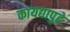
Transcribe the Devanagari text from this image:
कायद्यापुढे